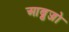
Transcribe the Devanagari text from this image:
आब्रुज्जो